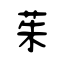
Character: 茱